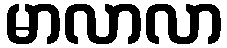
မာလာလာ